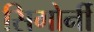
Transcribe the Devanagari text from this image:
सिगोर्नी